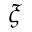
\boldsymbol { \xi }